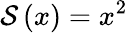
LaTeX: \mathcal S\left(x\right)=x^{2}